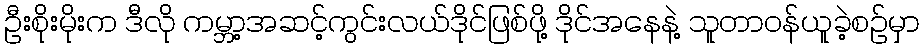
ဦးစိုးမိုးက ဒီလို ကမ္ဘာ့အဆင့်ကွင်းလယ်ဒိုင်ဖြစ်ဖို့ ဒိုင်အနေနဲ့ သူတာဝန်ယူခဲ့စဉ်မှာ